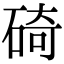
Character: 碕